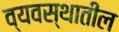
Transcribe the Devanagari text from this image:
व्यवस्थातील